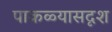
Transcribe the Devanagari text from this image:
पाकळ्यासदृश